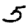
Digit: 5